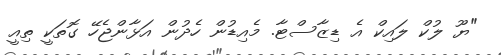
"ޔޫ ލުކް ލައިކް އެ ޑިޒާސްޓާ. މެއިޑުން ހެދުން އަޅާންޖެހޭ ގޮތަކީ ތިއީ